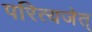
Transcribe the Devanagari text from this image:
परित्यजेत्